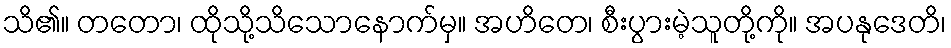
သိ၏။ တတော၊ ထိုသို့သိသောနောက်မှ။ အဟိတေ၊ စီးပွားမဲ့သူတို့ကို။ အပနုဒေတိ၊